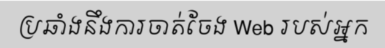
ប្រឆាំងនឹងការចាត់ចែង Web របស់អ្នក